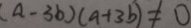
( a - 3 b ) ( a + 3 b ) \neq 0